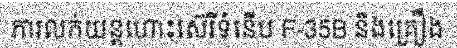
ការលក់យន្តហោះស៊េរីទំនើប F-35B និងគ្រឿង